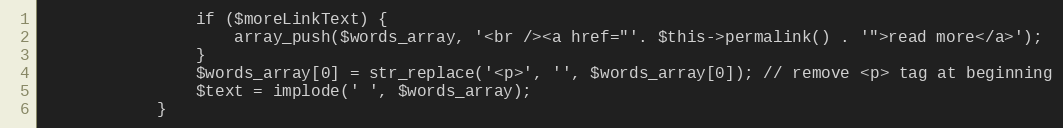
Language: PHP
                if ($moreLinkText) {
                    array_push($words_array, '<br /><a href="'. $this->permalink() . '">read more</a>');
                }
                $words_array[0] = str_replace('<p>', '', $words_array[0]); // remove <p> tag at beginning
                $text = implode(' ', $words_array);
            }